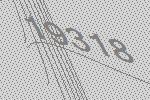
19318